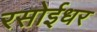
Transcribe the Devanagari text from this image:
रसोईधर